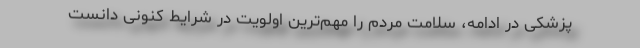
پزشکی در ادامه، سلامت مردم را مهم‌ترین اولویت در شرایط کنونی دانست